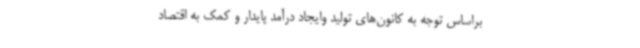
براساس توجه به کانون‌های تولید وایجاد درآمد پایدار و کمک به اقتصاد